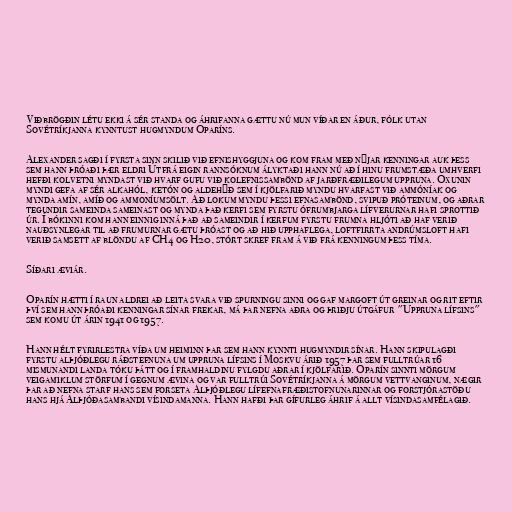
Viðbrögðin létu ekki á sér standa og áhrifanna gættu nú mun víðar en áður, fólk utan
Sovétríkjanna kynntust hugmyndum Oparíns.

Alexander sagði í fyrsta sinn skilið við efnishyggjuna og kom fram með nýjar kenningar auk þess
sem hann þróaði þær eldri Útfrá eigin rannsóknum ályktaði hann nú að í hinu frumstæða umhverfi
hefði kolvetni myndast við hvarf gufu við kolefnissambönd af jarðfræðilegum uppruna. Oxunin
myndi gefa af sér alkahól, ketón og aldehýð sem í kjölfarið myndu hvarfast við ammóníak og
mynda amín, amíð og ammoníumsölt. Að lokum myndu þessi efnasambönd, svipuð próteinum, og aðrar
tegundir sameinda sameinast og mynda það kerfi sem fyrstu ófrumbjarga lífverurnar hafi sprottið
úr. Í bókinni kom hann einnig inná það að sameindir í kerfum fyrstu frumna hljóti að haf verið
nauðsynlegar til að frumurnar gætu þróast og að hið upphaflega, loftfirrta andrúmsloft hafi
verið samsett af blöndu af CH4 og H20, stórt skref fram á við frá kenningum þess tíma.

Síðari æviár.

Oparín hætti í raun aldrei að leita svara við spurningu sinni og gaf margoft út greinar og rit eftir
því sem hann þróaði kenningar sínar frekar, má þar nefna aðra og þriðju útgáfur "Uppruna lífsins"
sem komu út árin 1941 og 1957.

Hann hélt fyrirlestra víða um heiminn þar sem hann kynnti hugmyndir sínar. Hann skipulagði
fyrstu alþjóðlegu ráðstefnuna um uppruna lífsins í Moskvu árið 1957 þar sem fulltrúar 16
mismunandi landa tóku þátt og í framhaldinu fylgdu aðrar í kjölfarið. Oparín sinnti mörgum
veigamiklum störfum í gegnum ævina og var fulltrúi Sovétríkjanna á mörgum vettvanginum, nægir
þar að nefna starf hans sem forseta Alþjóðlegu lífefnafræðistofnunarinnar og forstjórastöðu
hans hjá Alþjóðasambandi vísindamanna. Hann hafði þar gífurleg áhrif á allt vísindasamfélagið.